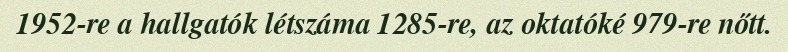
1952-re a hallgatók létszáma 1285-re, az oktatóké 979-re nőtt.